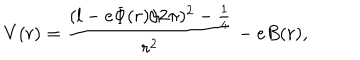
LaTeX: V ( r ) = \frac { ( l - e \Phi ( r ) / 2 \pi ) ^ { 2 } - \frac { 1 } { 4 } } { r ^ { 2 } } - e B ( r ) ,